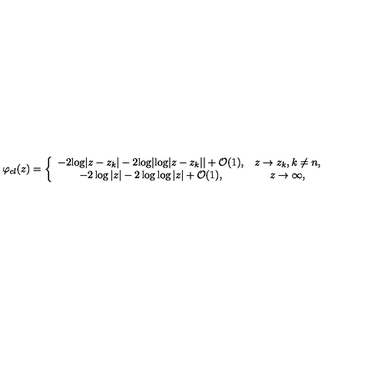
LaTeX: \varphi _ { c l } ( z ) = \left\{ \begin{array} { c c } { - 2 { \log } | z - z _ { k } | - 2 { \log } | { \log } | z - z _ { k } | | + { \cal O } ( 1 ) , } & { z \to z _ { k } , k \ne n , } \\ { - 2 \log | z | - 2 \log \log | z | + { \cal O } ( 1 ) , } & { z \to \infty , } \\ \end{array} \right.